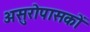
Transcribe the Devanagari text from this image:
असुरोपासकों